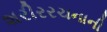
શરીરરચનાની